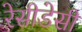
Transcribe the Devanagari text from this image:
रेसीडेसी